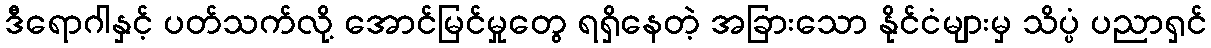
ဒီရောဂါနှင့် ပတ်သက်လို့ အောင်မြင်မှုတွေ ရရှိနေတဲ့ အခြားသော နိုင်ငံများမှ သိပ္ပံ ပညာရှင်